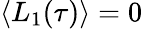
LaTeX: \langle L_{1}(\tau)\rangle=0